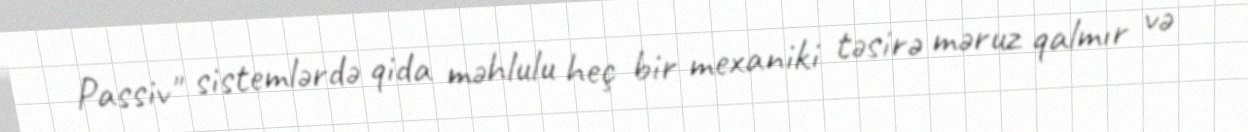
Passiv" sistemlərdə qida məhlulu heç bir mexaniki təsirə məruz qalmır və